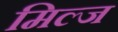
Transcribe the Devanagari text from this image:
मिल्ज